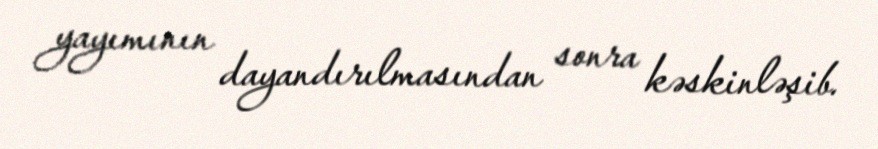
yayımının dayandırılmasından sonra kəskinləşib.